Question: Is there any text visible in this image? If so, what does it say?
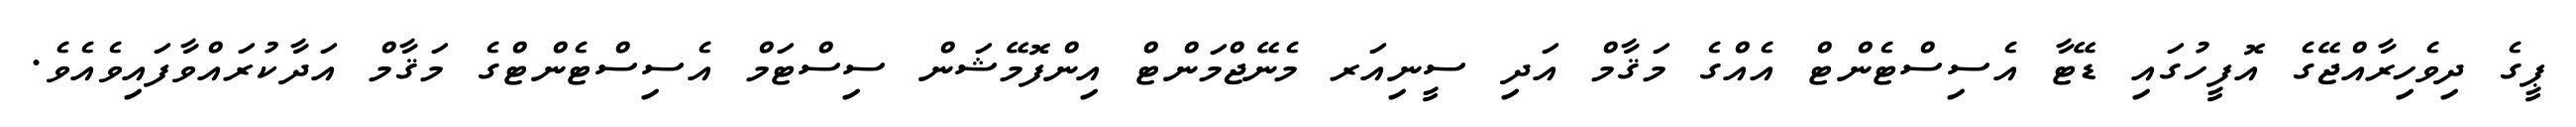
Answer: ޕީގެ ދިވެހިރާއްޖޭގެ އޮފީހުގައި ޑޭޓާ އެސިސްޓެންޓް އެއްގެ މަޤާމް އަދި ސީނިއަރ މެނޭޖްމަންޓް އިންފޮމޭޝަން ސިސްޓަމް އެސިސްޓެންޓްގެ މަޤާމް އަދާކުރައްވާފައިވެއެވެ.